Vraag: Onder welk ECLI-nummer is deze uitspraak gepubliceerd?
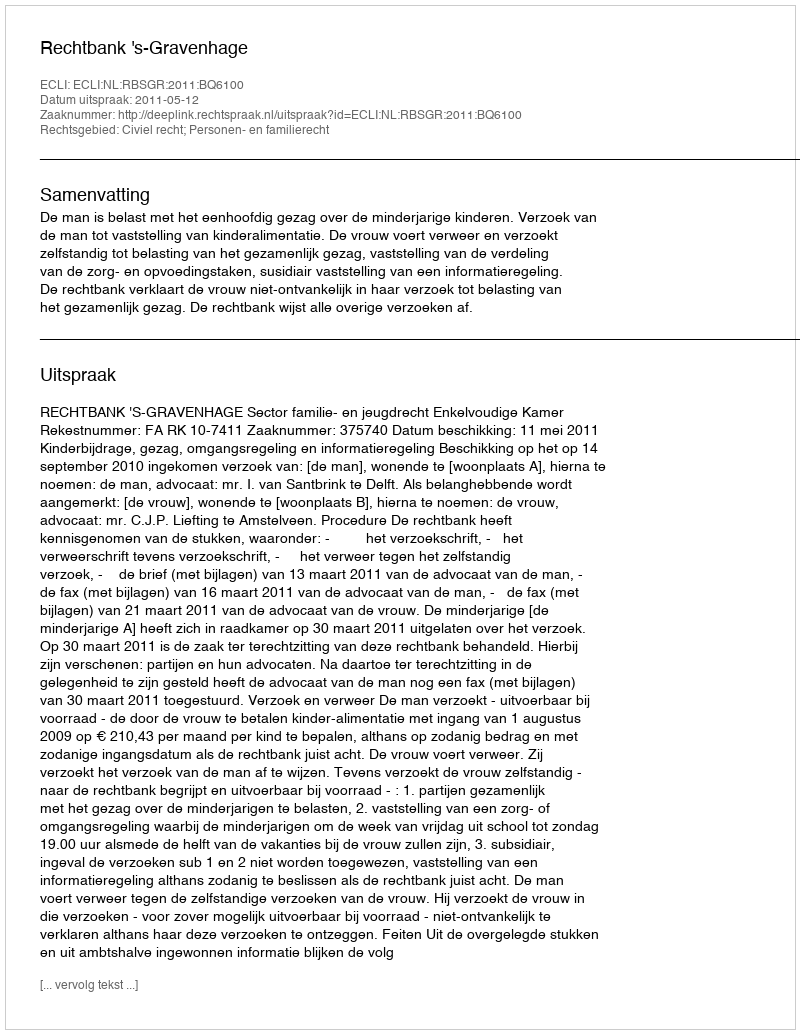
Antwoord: ECLI:NL:RBSGR:2011:BQ6100